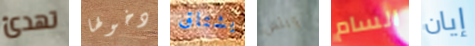
تهدئ دخولها يشتاق ويلس السام إيان